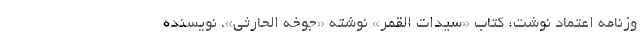
وزنامه اعتماد نوشت: كتاب «سيّدات القمر» نوشته «جُوخه الحارثي»، نويسنده